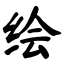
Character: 绘